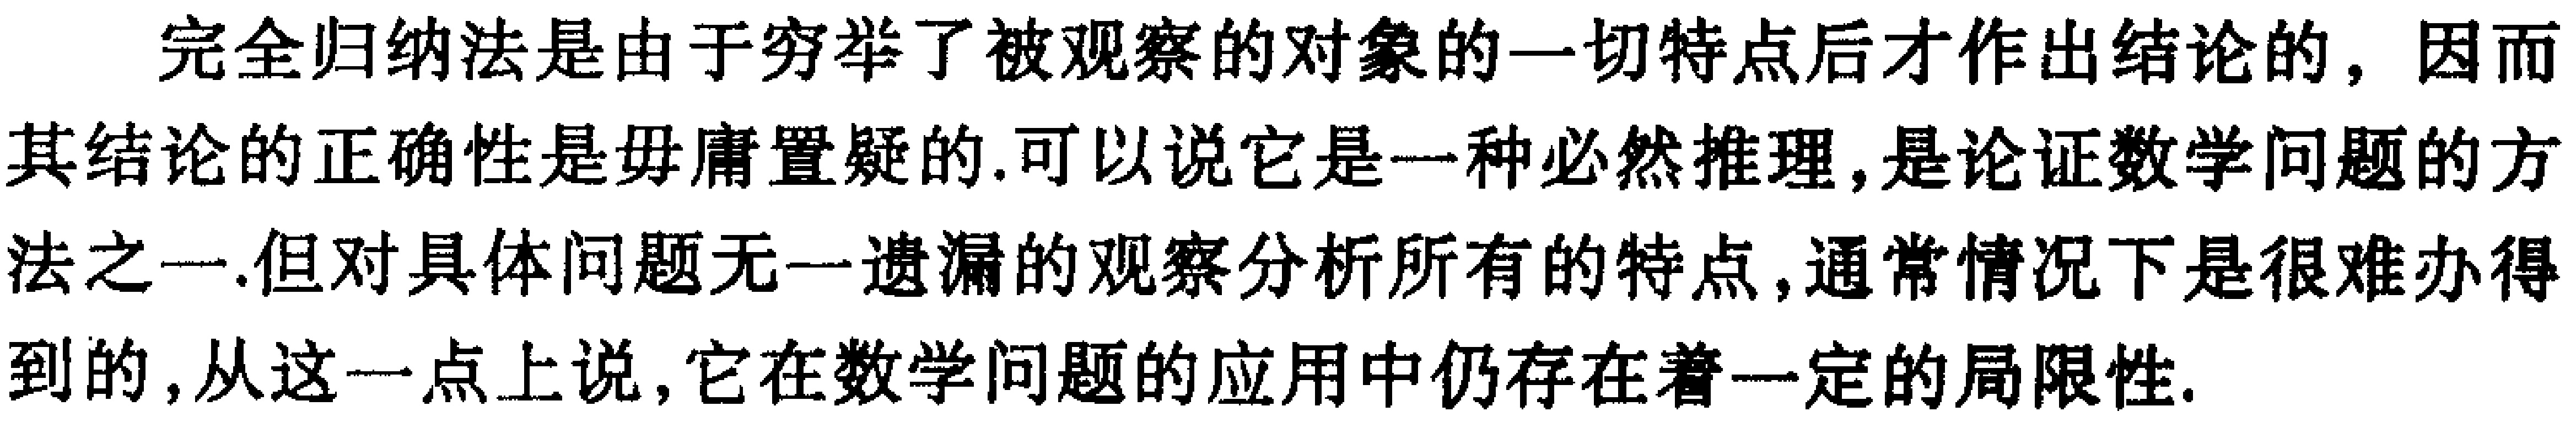
完全归纳法是由于穷举了被观察的对象的一切特点后才作出结论的，因而其结论的正确性是毋庸置疑的.可以说它是一种必然推理，是论证数学问题的方法之一.但对具体问题无一遗漏的观察分析所有的特点，通常情况下是很难办得到的，从这一点上说，它在数学问题的应用中仍存在着一定的局限性.